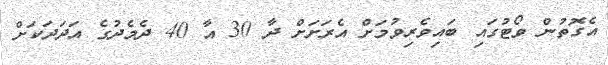
އެގޮތުން ވޯޓުގައި ބައިވެރިވުމަށް އެރަށަށް ދާ 30 އާ 40 ދެމެދުގެ އަދަދަކަށް